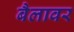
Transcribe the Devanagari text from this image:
बैलावर